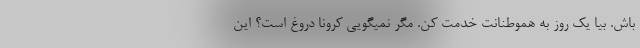
باش. بیا یک روز به هموطنانت خدمت کن. مگر نمیگویی کرونا دروغ است؟ این